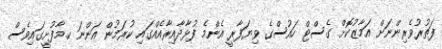
ފަތުރުވެރިންނަށް އަމާޒުކޮށް ގެސްޓް ހައުސްގެ ވިޔަފާރީ އެންމެ ފުޅާދާއިރާއެއްގައި ކުރަމުން އަންނަ ކ.މާފުށީގައިވެސް